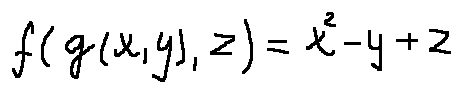
f ( g ( x , y ) , z ) = x ^ { 2 } - y + z